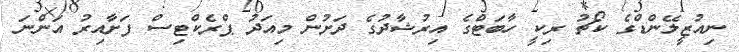
ނިއުޒީލޭންޑްގެ ކޯޗު ރިކީ ހާބަޓްގެ އިރުޝާދުގެ ދަށުން މިއަދު ޕްރެކްޓިސް ފަށާއިރު އަންނަ